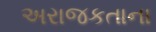
અરાજકતાના